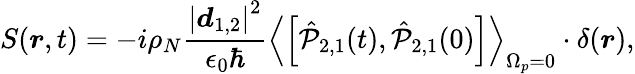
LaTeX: S(\boldsymbol r,t)=-i\rho_{N}\frac{\left|\boldsymbol d_{1,2}\right|^{2}}{\epsilon_{0}\hbar}\left<\left[\hat{\mathcal P}_{2,1}(t),\hat{\mathcal P}_{2,1}(0)\right]\right>_{\Omega_{p}=0}\cdot\delta(\boldsymbol r),